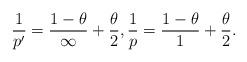
LaTeX: \begin{align*}\frac{1}{p'} = \frac{1 - \theta}{\infty} + \frac{\theta}{2},\frac{1}{p} = \frac{1 - \theta}{1} + \frac{\theta}{2}.\end{align*}